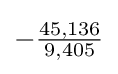
-{\tfrac {45,136}{9,405}}